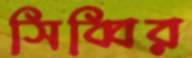
সিব্বির